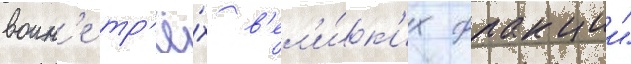
воин'е тр'ё́х в'ел'и́к'их фракции"